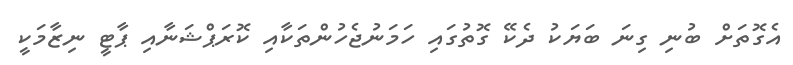
އެގޮތަށް ބުނި ގިނަ ބަޔަކު ދެކޭ ގޮތުގައި ހަމަނުޖެހުންތަކާއި ކޮރަޕްޝަނާއި ޕާޓީ ނިޒާމަކީ